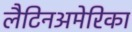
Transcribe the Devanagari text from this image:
लैटिनअमेरिका